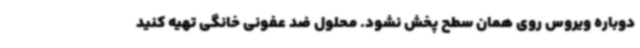
دوباره ویروس روی همان سطح پخش نشود. محلول ضد عفونی خانگی تهیه کنید